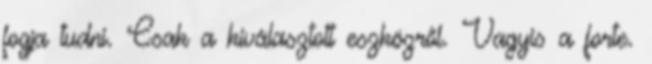
fogja tudni. Csak a kiválasztott eszközről. Vagyis a forte.